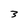
Character: 3